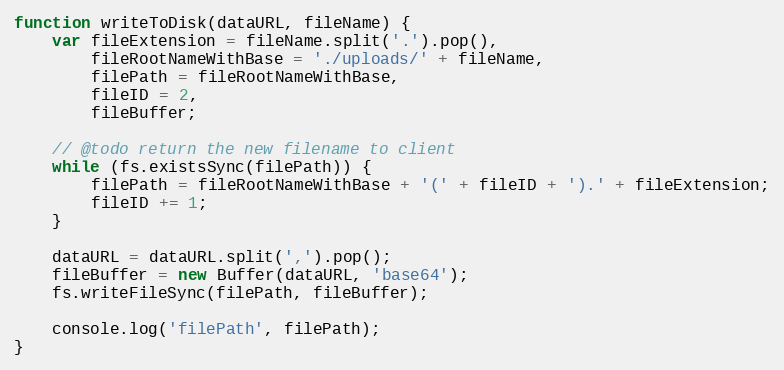
Language: JavaScript
function writeToDisk(dataURL, fileName) {
    var fileExtension = fileName.split('.').pop(),
        fileRootNameWithBase = './uploads/' + fileName,
        filePath = fileRootNameWithBase,
        fileID = 2,
        fileBuffer;

    // @todo return the new filename to client
    while (fs.existsSync(filePath)) {
        filePath = fileRootNameWithBase + '(' + fileID + ').' + fileExtension;
        fileID += 1;
    }

    dataURL = dataURL.split(',').pop();
    fileBuffer = new Buffer(dataURL, 'base64');
    fs.writeFileSync(filePath, fileBuffer);

    console.log('filePath', filePath);
}